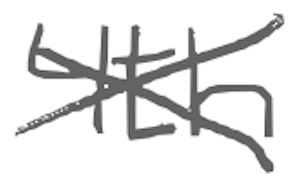
Text: 4th
Cross-out: cross
Writing tool: digital_gray